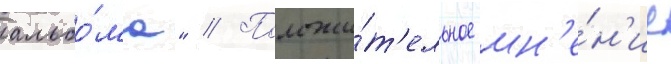
альбо́ма" // Положи́т'ельное мн'е́н'ие